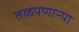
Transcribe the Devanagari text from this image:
तळपणाऱ्या